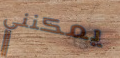
يمكنني